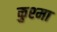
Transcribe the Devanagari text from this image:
कुश्‍मा